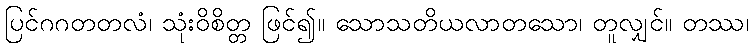
ပြင်ဂဂတတလံ၊ သုံးဝိစိတ္တ ဖြင်၍။ သောသတိယလာတသော၊ တူလျှင်။ တဿ၊